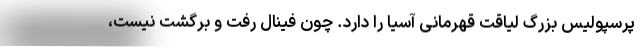
پرسپولیس بزرگ لیاقت قهرمانی آسیا را دارد. چون فینال رفت و برگشت نیست،